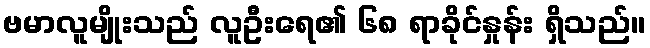
ဗမာလူမျိုးသည် လူဦးရေ၏ ၆၈ ရာခိုင်နှုန်း ရှိသည်။